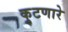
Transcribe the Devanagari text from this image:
कुटणारे